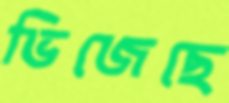
ভিজেছে